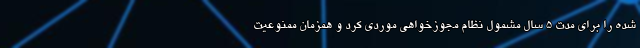
شده را برای مدت ۵ سال مشمول نظام مجوزخواهی موردی کرد و همزمان ممنوعیت